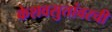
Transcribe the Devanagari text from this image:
केशवसुतांवरची